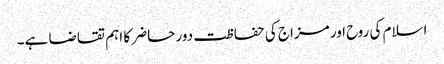
اسلام کی روح اور مزاج کی حفاظت دور حاضر کا اہم تقاضا ہے۔